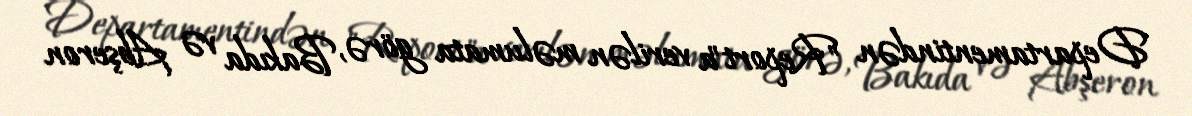
Departamentindən "Report"a verilən məlumata görə, Bakıda və Abşeron